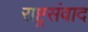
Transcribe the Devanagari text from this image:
राष्ट्रसंवाद